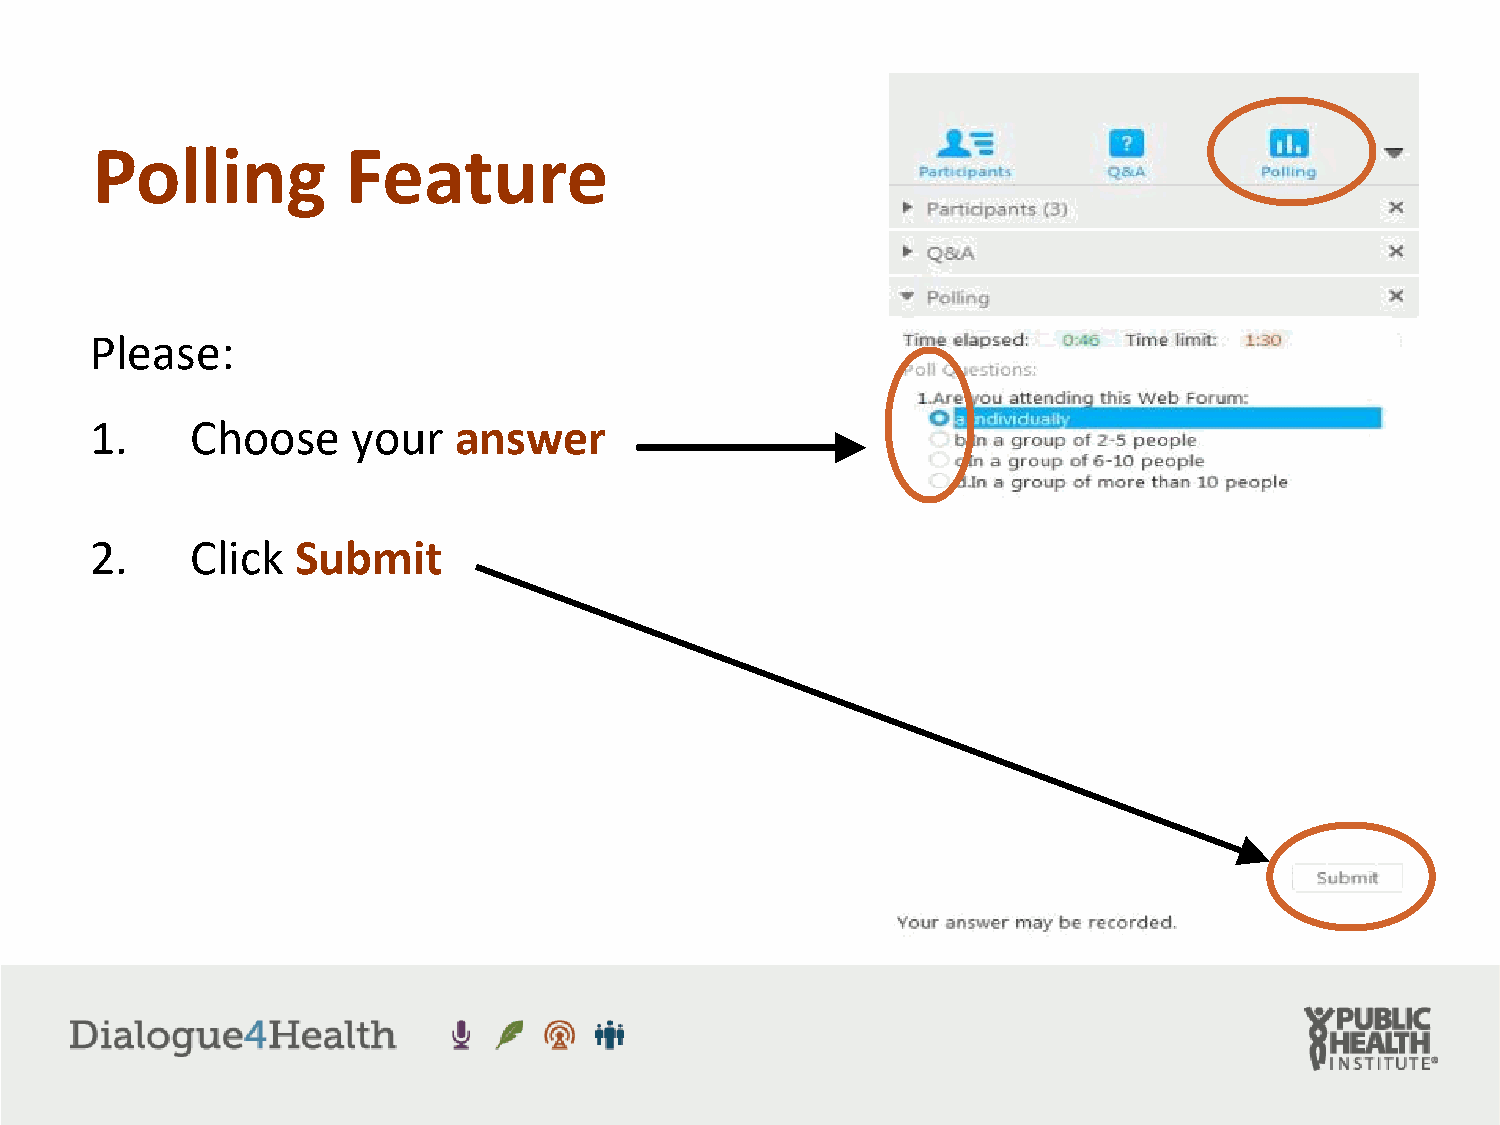
Polling          Feature
 Please:
 1.     Choose    your   answer
 2.     Click Submit